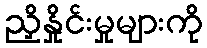
ညှိနှိုင်းမှုများကို